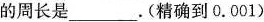
的周长是___。(精确到0.001)